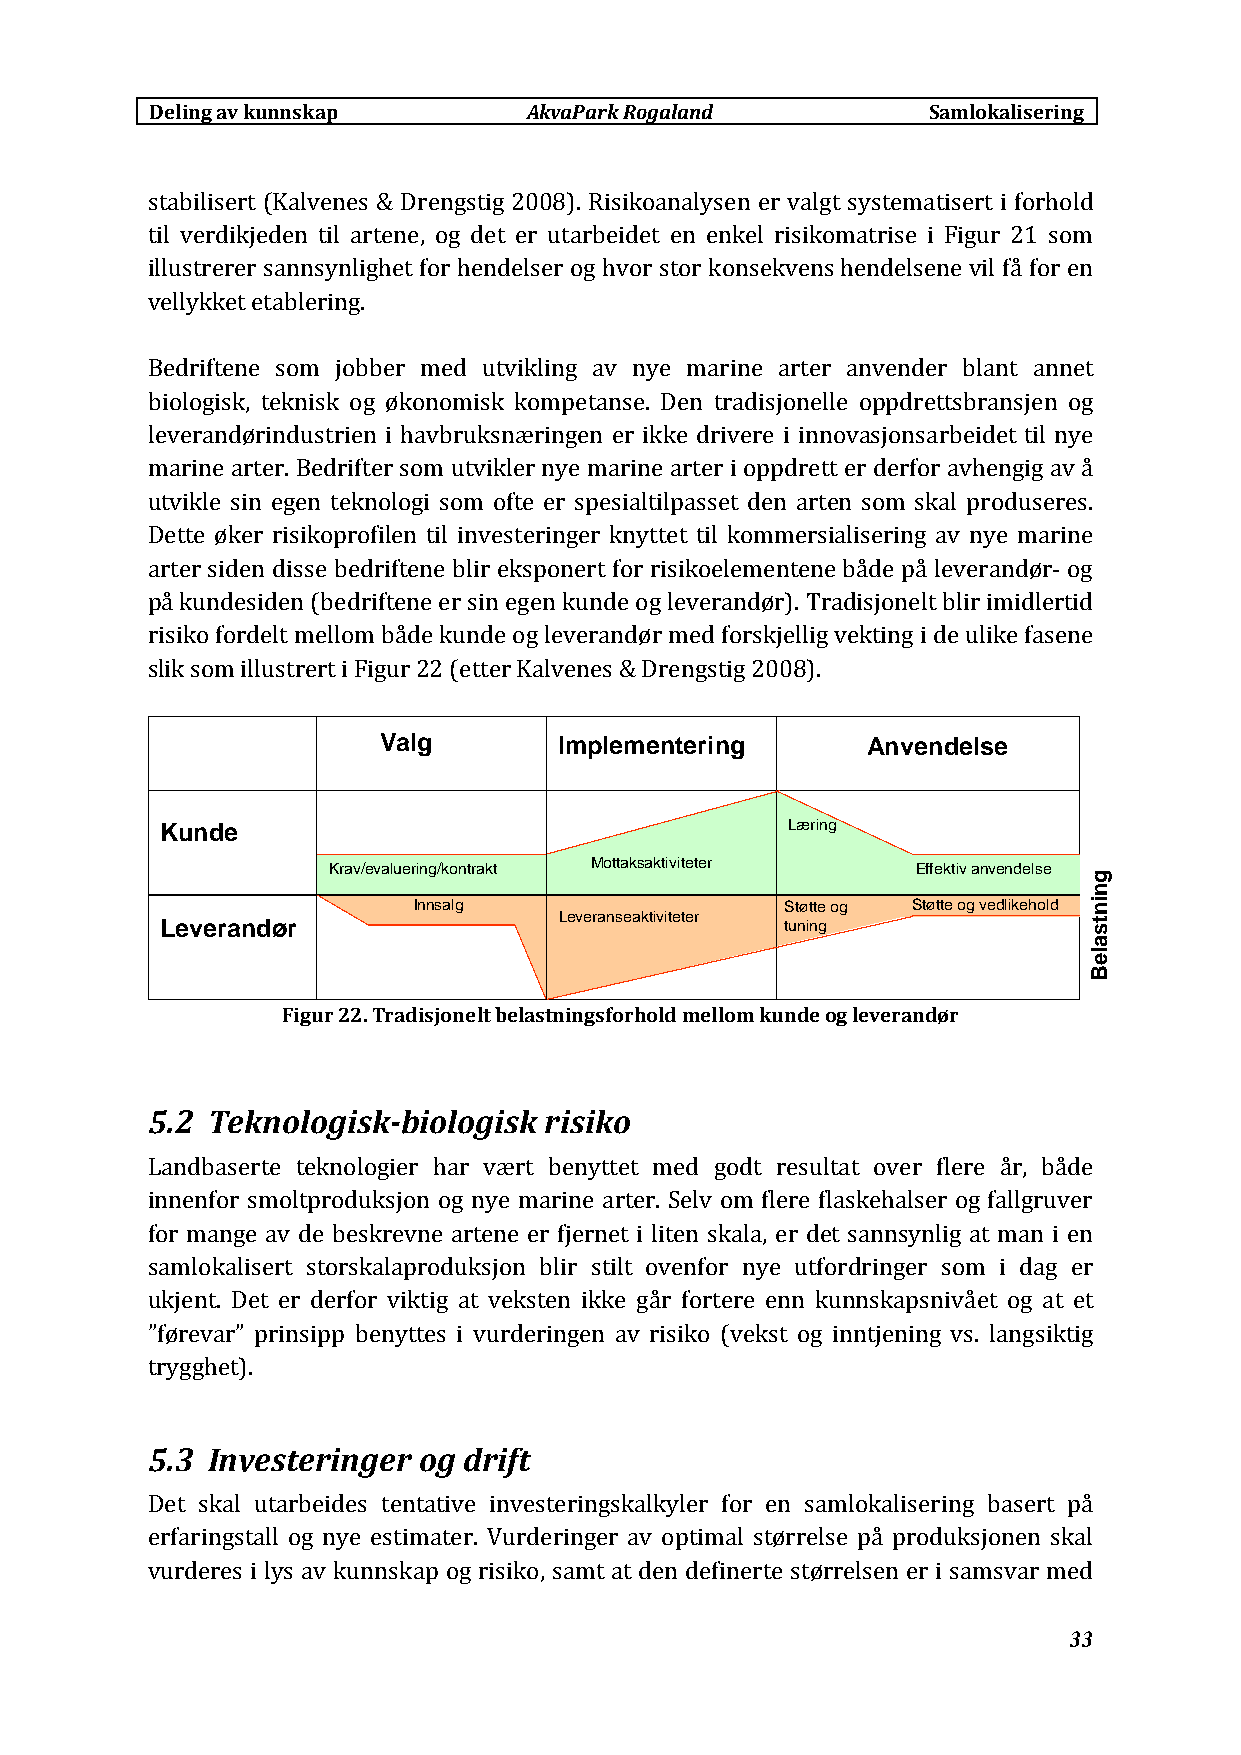
Deling av kunnskap       AkvaParkRogaland          Samlokalisering
 stabilisert (Kalvenes & Drengstig 2008). Risikoanalysen er valgt systematisert i forhold
 til verdikjeden til artene, og det er utarbeidet en enkel risikomatrise i Figur 21 som
 illustrerer sannsynlighet for hendelser og hvor stor konsekvens hendelsene vil få for en
 vellykket etablering.
 Bedriftene som jobber med utvikling av nye marine arter anvender blant annet
 biologisk, teknisk og økonomisk kompetanse. Den tradisjonelle oppdrettsbransjen og
 leverandørindustrien i havbruksnæringen er ikke drivere i innovasjonsarbeidet til nye
 marine arter. Bedrifter som utvikler nye marine arter i oppdrett er derfor avhengig av å
 utvikle sin egen teknologi som ofte er spesialtilpasset den arten som skal produseres.
 Dette øker risikoprofilen til investeringer knyttet til kommersialisering av nye marine
 arter siden disse bedriftene blir eksponert for risikoelementene både på leverandør‐ og
 på kundesiden (bedriftene er sin egen kunde og leverandør). Tradisjonelt blir imidlertid
 risiko fordelt mellom både kunde og leverandør med forskjellig vekting i de ulike fasene
 slik som illustrert i Figur 22 (etter Kalvenes & Drengstig 2008).
 VVaallgg    IImmpplleemmeenntteerriinngg AAnnvveennddeellssee
 KKuunnddee                               LLæærriinngg
 KKrraavv//eevvaalluueerriinngg//kkoonnttrraakktt MMoottttaakkssaakkttiivviitteetteerr EEffffeekkttiivv aannvveennddeellssee
 IInnnnssaallgg           SSttøøttttee oogg SSttøøttttee oogg vveeddlliikkeehhoolldd
 LLeevveerraannsseeaakkttiivviitteetteerr
 LLeevveerraannddøørr                     ttuunniinngg
 Figur 22. Tradisjonelt belastningsforhold mellom kunde og leverandør
 5.2 Teknologisk‐biologisk risiko
 Landbaserte teknologier har vært benyttet med godt resultat over flere år, både
 innenfor smoltproduksjon og nye marine arter. Selv om flere flaskehalser og fallgruver
 for mange av de beskrevne artene er fjernet i liten skala, er det sannsynlig at man i en
 samlokalisert storskalaproduksjon blir stilt ovenfor nye utfordringer som i dag er
 ukjent. Det er derfor viktig at veksten ikke går fortere enn kunnskapsnivået og at et
 ”førevar” prinsipp benyttes i vurderingen av risiko (vekst og inntjening vs. langsiktig
 trygghet).
 5.3 Investeringer og drift
 Det skal utarbeides tentative investeringskalkyler for en samlokalisering basert på
 erfaringstall og nye estimater. Vurderinger av optimal størrelse på produksjonen skal
 vurderes i lys av kunnskap og risiko, samt at den definerte størrelsen er i samsvar med
 33
 ggnniinnttssaalleeBB